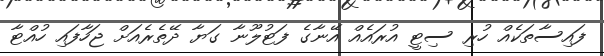
ފައިސާތަކެއް ހުރި ސިޓީ އުރައެއް އޭނާގެ ފަޓުލޫނާ ގަޔާ ދޭތެރެއަށް ޖަހާފައި ހުއްޓާ